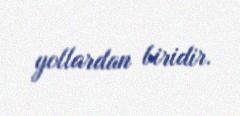
yollardan biridir.